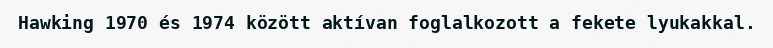
Hawking 1970 és 1974 között aktívan foglalkozott a fekete lyukakkal.